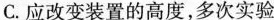
C.应改变装置的高度，多次实验